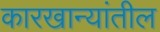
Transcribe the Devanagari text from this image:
कारखान्यांतील